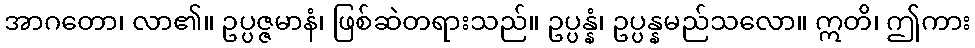
အာဂတော၊ လာ၏။ ဥပ္ပဇ္ဇမာနံ၊ ဖြစ်ဆဲတရားသည်။ ဥပ္ပန္နံ၊ ဥပ္ပန္နမည်သလော။ ဣတိ၊ ဤကား